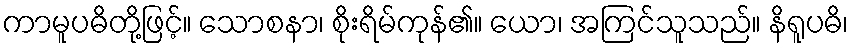
ကာမူပဓိတို့ဖြင့်။ သောစနာ၊ စိုးရိမ်ကုန်၏။ ယော၊ အကြင်သူသည်။ နိရူပဓိ၊